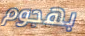
بهجوم